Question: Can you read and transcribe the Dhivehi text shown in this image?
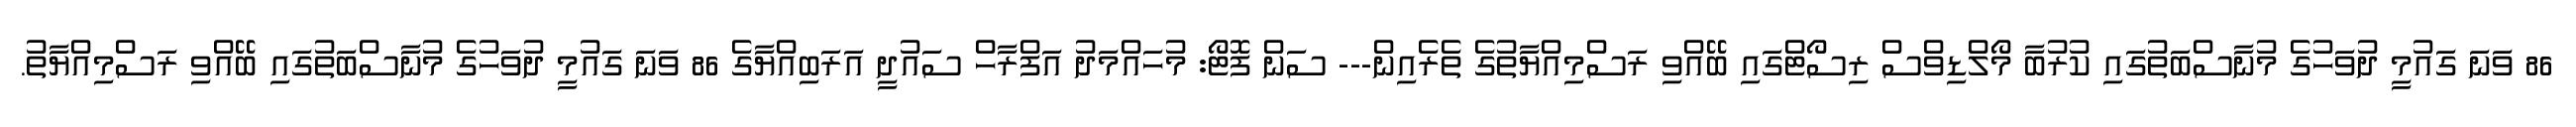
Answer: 86 ވަނަ ގައުމީ ދުވަހުގެ މުނާސްބަތުގައި ކުރުބާ މޯލްޑިވްސް ރިސޯޓްގައި ބޭއްވި ރަސްމިއްޔާތުގެ ތެރެއިން--- ސަން ފޮޓޯ: މުހައްމަދު އަފްރާހް ސައުދީ އަރަބިއްޔާގެ 86 ވަނަ ގައުމީ ދުވަހުގެ މުނާސްބަތުގައި ބޭއްވި ރަސްމިއްޔާތު.